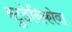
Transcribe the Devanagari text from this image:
स्टुडेनिकोवा